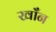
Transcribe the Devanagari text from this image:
खाँन